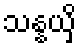
သန္နယှိ